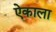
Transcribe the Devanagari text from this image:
ऐकाला